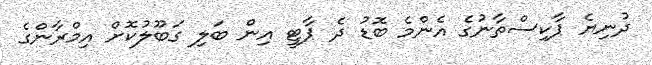
ދުނިޔެ ޕާކިސްތާނުގެ އެންމެ ބޮޑު ދެ ޕާޓީ އިން ބަލި ގަބޫލުކޮށް އިމްރާންގެ